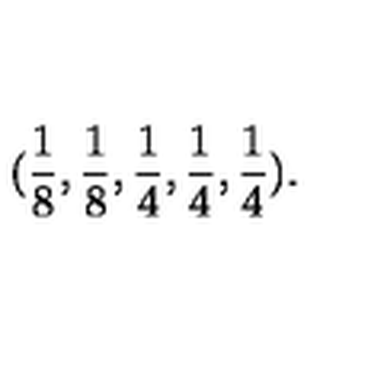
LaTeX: ( \frac { 1 } { 8 } , \frac { 1 } { 8 } , \frac { 1 } { 4 } , \frac { 1 } { 4 } , \frac { 1 } { 4 } ) .